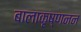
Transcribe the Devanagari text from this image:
बालाकृष्णनन